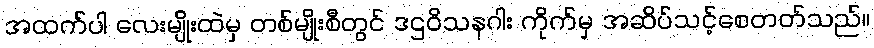
အထက်ပါ လေးမျိုးထဲမှ တစ်မျိုးစီတွင် ဒဌဝိသနဂါး ကိုက်မှ အဆိပ်သင့်စေတတ်သည်။